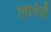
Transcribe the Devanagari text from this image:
तिथियौ